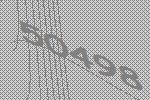
50498